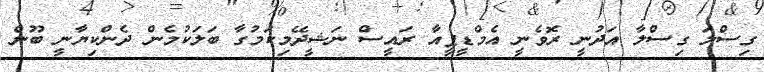
ގިސްލަ ގިސްލާ އަދުނީ ރޮވެނީ އެމްޑީޕީއާ ރައީސް ނަޝީދޭމިކަމުގާ ބަލަކުމެން ދެންކިޔާނީ ބޫން